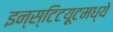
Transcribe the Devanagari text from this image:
इन्स्टिटय़ूटमध्ये